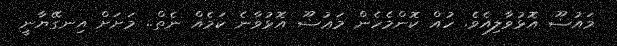
މައުޟޫ އޮޅުވާލިއެވެ. ހުއް ކޮންމެހެން މަޢުޟޫ އޮޅުވާނެ ކަމެއް ނެތް.. މަށަށް އިނގޭޔާނީ